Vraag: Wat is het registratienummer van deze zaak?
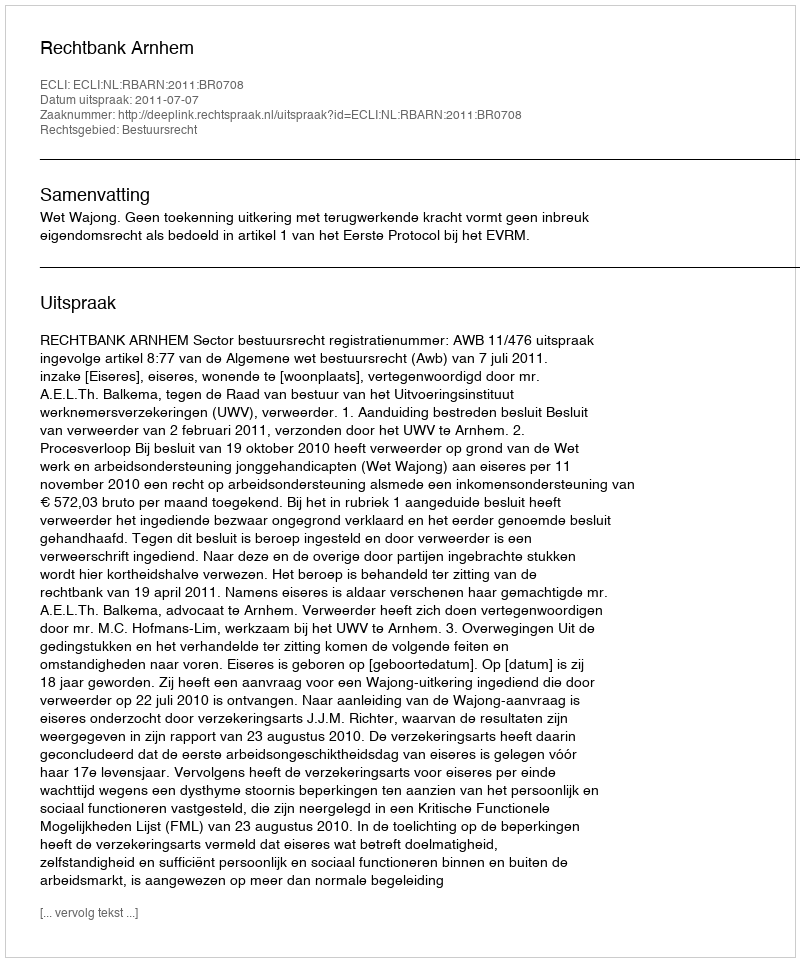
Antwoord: http://deeplink.rechtspraak.nl/uitspraak?id=ECLI:NL:RBARN:2011:BR0708